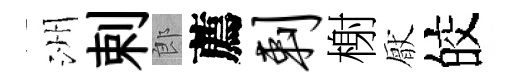
洲剌郎薦剌榭厭皎